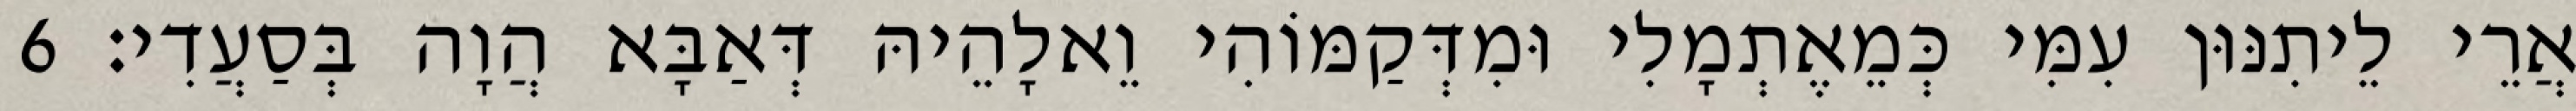
אֲרֵי לֵיתִנּוּן עִמִּי כְּמֵאֶתְמָלִי וּמִדְּקַמּוֹהִי וֵאלָהֵיהּ דְּאַבָּא הֲוָה בְּסַעֲדִי׃ 6